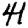
Digit: 4